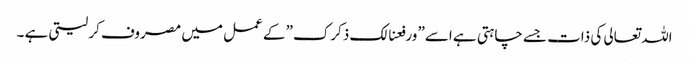
اللہ تعالی کی ذات جسے چاہتی ہے اسے” ورفعنالک ذکرک” کے عمل میں مصروف کر لیتی ہے ۔